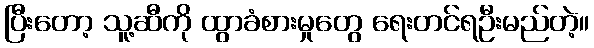
ပြီးတော့ သူ့ဆီကို ထွာခံစားမှုတွေ ရေးတင်ရဦးမည်တဲ့။